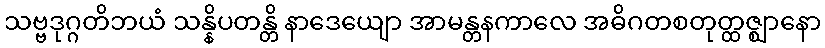
သဗ္ဗဒုဂ္ဂတိဘယံ သန္နိပတန္တိ နာဒေယျော အာမန္တနကာလေ အဓိဂတစတုတ္ထဇ္ဈာနော